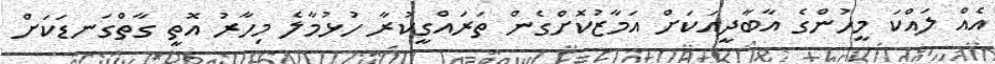
އެއް ލައްކަ މީހުންގެ އާބާދީއަކަށް އަމާޒުކޮށްގެން ތަރައްގީކުރާ ހުޅުމާލެ މިހާރު އޮތީ ގާތްގަނޑަކަށް